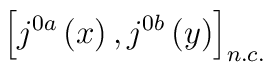
\left[ j^{0a}\left( x\right) ,j^{0b}\left( y\right) \right] _{n.c.}